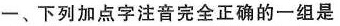
一、下列加点字注音完全正确的一组是